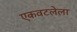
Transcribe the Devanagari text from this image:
एकवटलेला